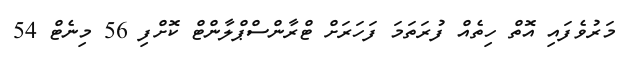
މަރުވެފައި އޮތް ހިތެއް ފުރަތަމަ ފަހަރަށް ޓްރާންސްޕްލާންޓް ކޮށްފި 56 މިނެޓް 54